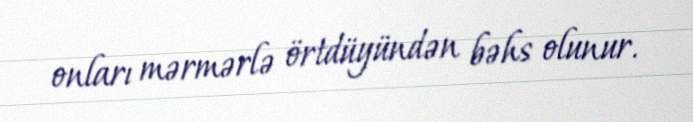
onları mərmərlə örtdüyündən bəhs olunur.